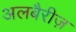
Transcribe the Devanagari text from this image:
अलबैरीज़